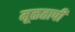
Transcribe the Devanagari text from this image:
मूळतापी